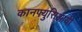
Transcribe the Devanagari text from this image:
कानफ्युसिआयी